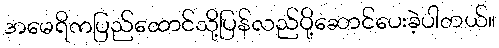
အမေရိကပြည်ထောင်သို့ပြန်လည်ပို့ဆောင်ပေးခဲ့ပါတယ်။